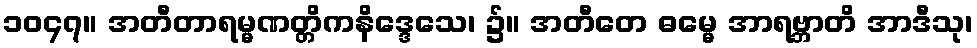
၁၀၄၇။ အတီတာရမ္မဏတ္တိကနိဒ္ဒေသေ၊ ၌။ အတီတေ ဓမ္မေ အာရဗ္ဘာတိ အာဒီသု၊